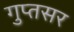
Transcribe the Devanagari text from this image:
गुप्तसर